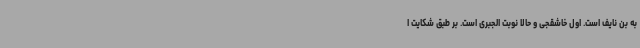
به بن نایف است. اول خاشقجی و حالا نوبت الجبری است. بر طبق شکایت ا